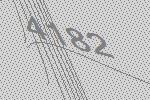
4182